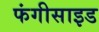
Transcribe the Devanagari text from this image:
फंगीसाइड